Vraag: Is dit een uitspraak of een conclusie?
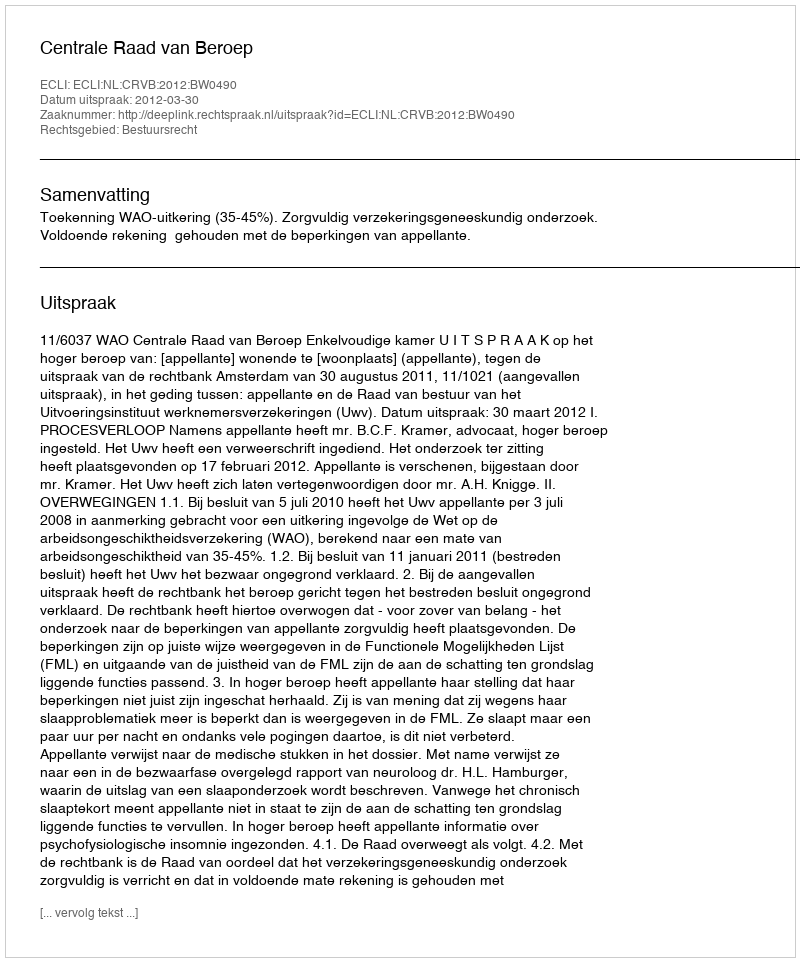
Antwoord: Uitspraak